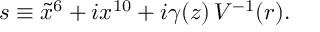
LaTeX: s \equiv \tilde { x } ^ { 6 } + i x ^ { 1 0 } + i \gamma ( z ) \, V ^ { - 1 } ( r ) .